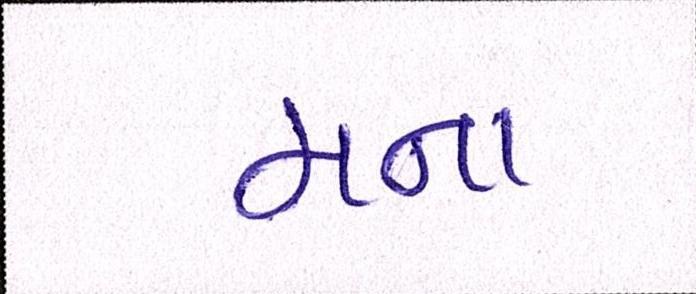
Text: મના